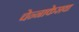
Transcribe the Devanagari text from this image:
चेन्नाकेसवा